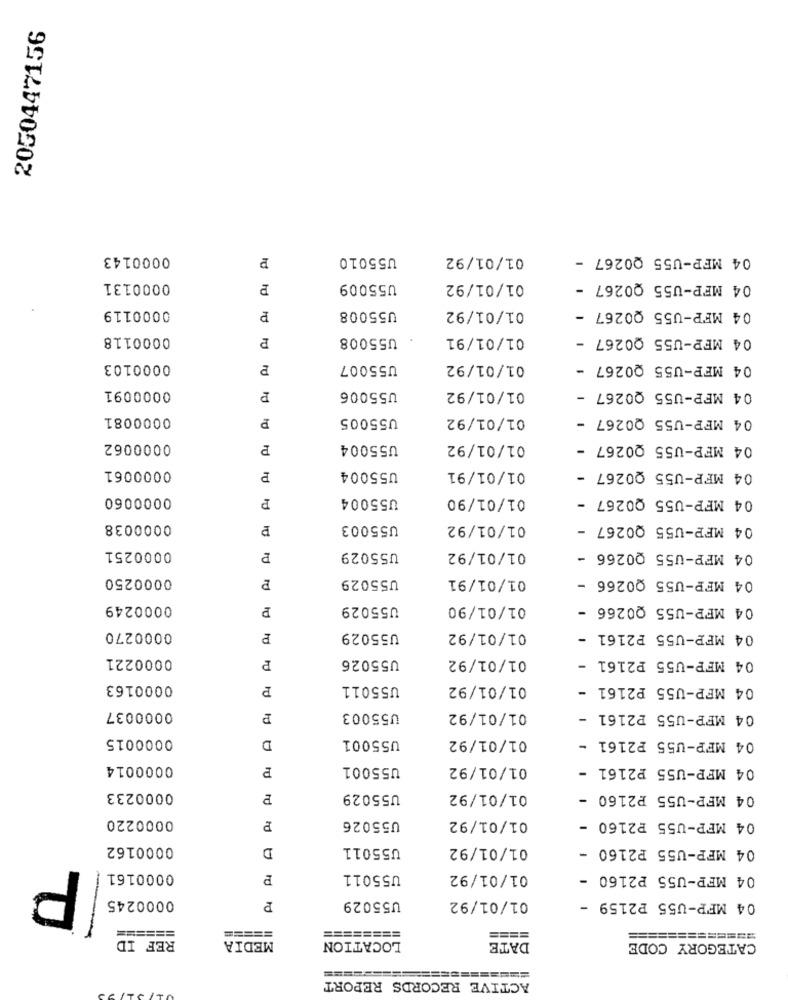
2050447156
0000143
U55010
01/01/92
04 MFP-U55 Q0267 -
0000131
P
U55009
01/01/92
04 MFP-U55 Q0267 -
0000119
01/01/92
04 MFP-U55 Q0267 -
P
U55008
0000118
P
U55008
01/01/91
04 MFP-U55 00267
0000103
U55007
01/01/92
04 MFP-U55 Q0267 -
0000091
04 MFP-U55 Q0267 -
P
U55006
01/01/92
0000081
P
U55005
01/01/92
04 MFP-U55 Q0267
0000062
P
U55004
01/01/92
04 MFP-U55 Q0267 -
0000061
U55004
01/01/91
04 MFP-U55 Q0267 -
0000060
P
U55004
01/01/90
04 MFP-U55 Q0267
0000038
U55003
01/01/92
04 MFP-U55 Q0267
0000251
U55029
01/01/92
04 MFP-U55 00266 -
0000250
U55029
01/01/91
04 MFP-U55 Q0266 -
0000249
P
U55029
01/01/90
04 MFP-U55 Q0266 -
0000270
P
U55029
01/01/92
04 MFP-U55 P2161 -
0000221
U55026
01/01/92
04 MFP-U55 P2161-
P
0000163
P
U55011
01/01/92
04 MFP-U55 P2161 -
0000037
P
U55003
01/01/92
04 MFP-U55 P2161
0000015
U55001
01/01/92
04 MFP-U55 P2161 -
D
0000014
U55001
01/01/92
04 MFP-U55 P2161 -
0000233
U55029
01/01/92
04 MFP-U55 P2160 -
0000220
01/01/92
U55026
04 MFP-U55 P2160 -
rd
0000162
D
U55011
01/01/92
04 MFP-U55 P2160 -
P
0000161
P
U55011
01/01/92
04 MFP-U55 P2160
0000245
01/01/92
U55029
04 MFP-U55 P2159 -
======
========
REF ID
====
=======
MEDIA
LOCATION
DATE
CATEGORY CODE
=============
ACTIVE RECORDS REPORT